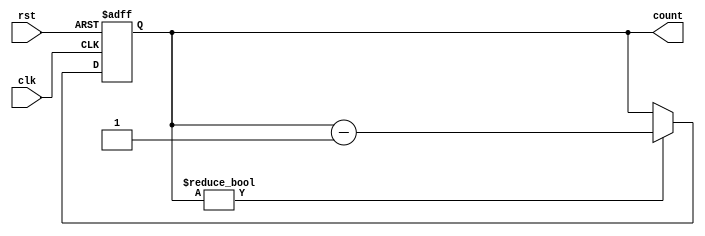
module down_counter_32bit (
    input wire clk,
    input wire rst,
    output reg [19:0] count
);

// Reset the counter to all 1's when the reset signal is active
always @(posedge clk or posedge rst)
begin
    if (rst)
        count <= 20'hFFFFFFFF;
    else if (count != 0)
        count <= count - 1;
end

endmodule